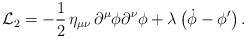
LaTeX: \begin{align*}{\cal L}_2=-{1\over2}\,\eta_{\mu\nu}\,\partial^\mu\phi\partial^\nu\phi+\lambda\,\bigl(\dot\phi-\phi^\prime\bigr)\,.\end{align*}